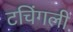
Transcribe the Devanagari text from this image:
टचिंगली